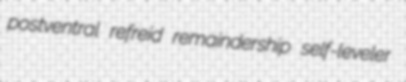
postventral refreid remaindership self-leveler